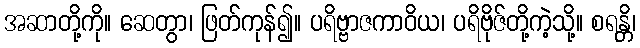
အဆာတို့ကို။ ဆေတွာ၊ ဖြတ်ကုန်၍။ ပရိဗ္ဗာဇကာဝိယ၊ ပရိဗိုဇ်တို့ကဲ့သို့။ စရန္တိ၊